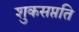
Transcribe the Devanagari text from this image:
शुकसप्तति